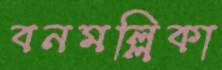
বনমল্লিকা